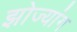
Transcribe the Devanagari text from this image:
झोज्यांग